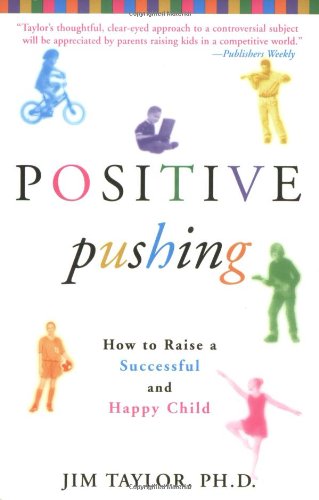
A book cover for Positive Pushing: How to Raise a Successful and Happy Child; James Taylor; Education & Teaching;